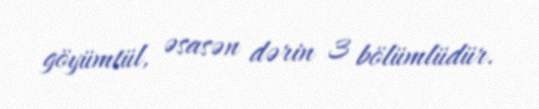
göyümtül, əsasən dərin 3 bölümlüdür.